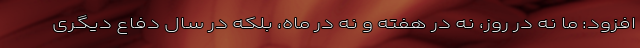
افزود: ما نه در روز، نه در هفته و نه در ماه، بلکه در سال دفاع دیگری